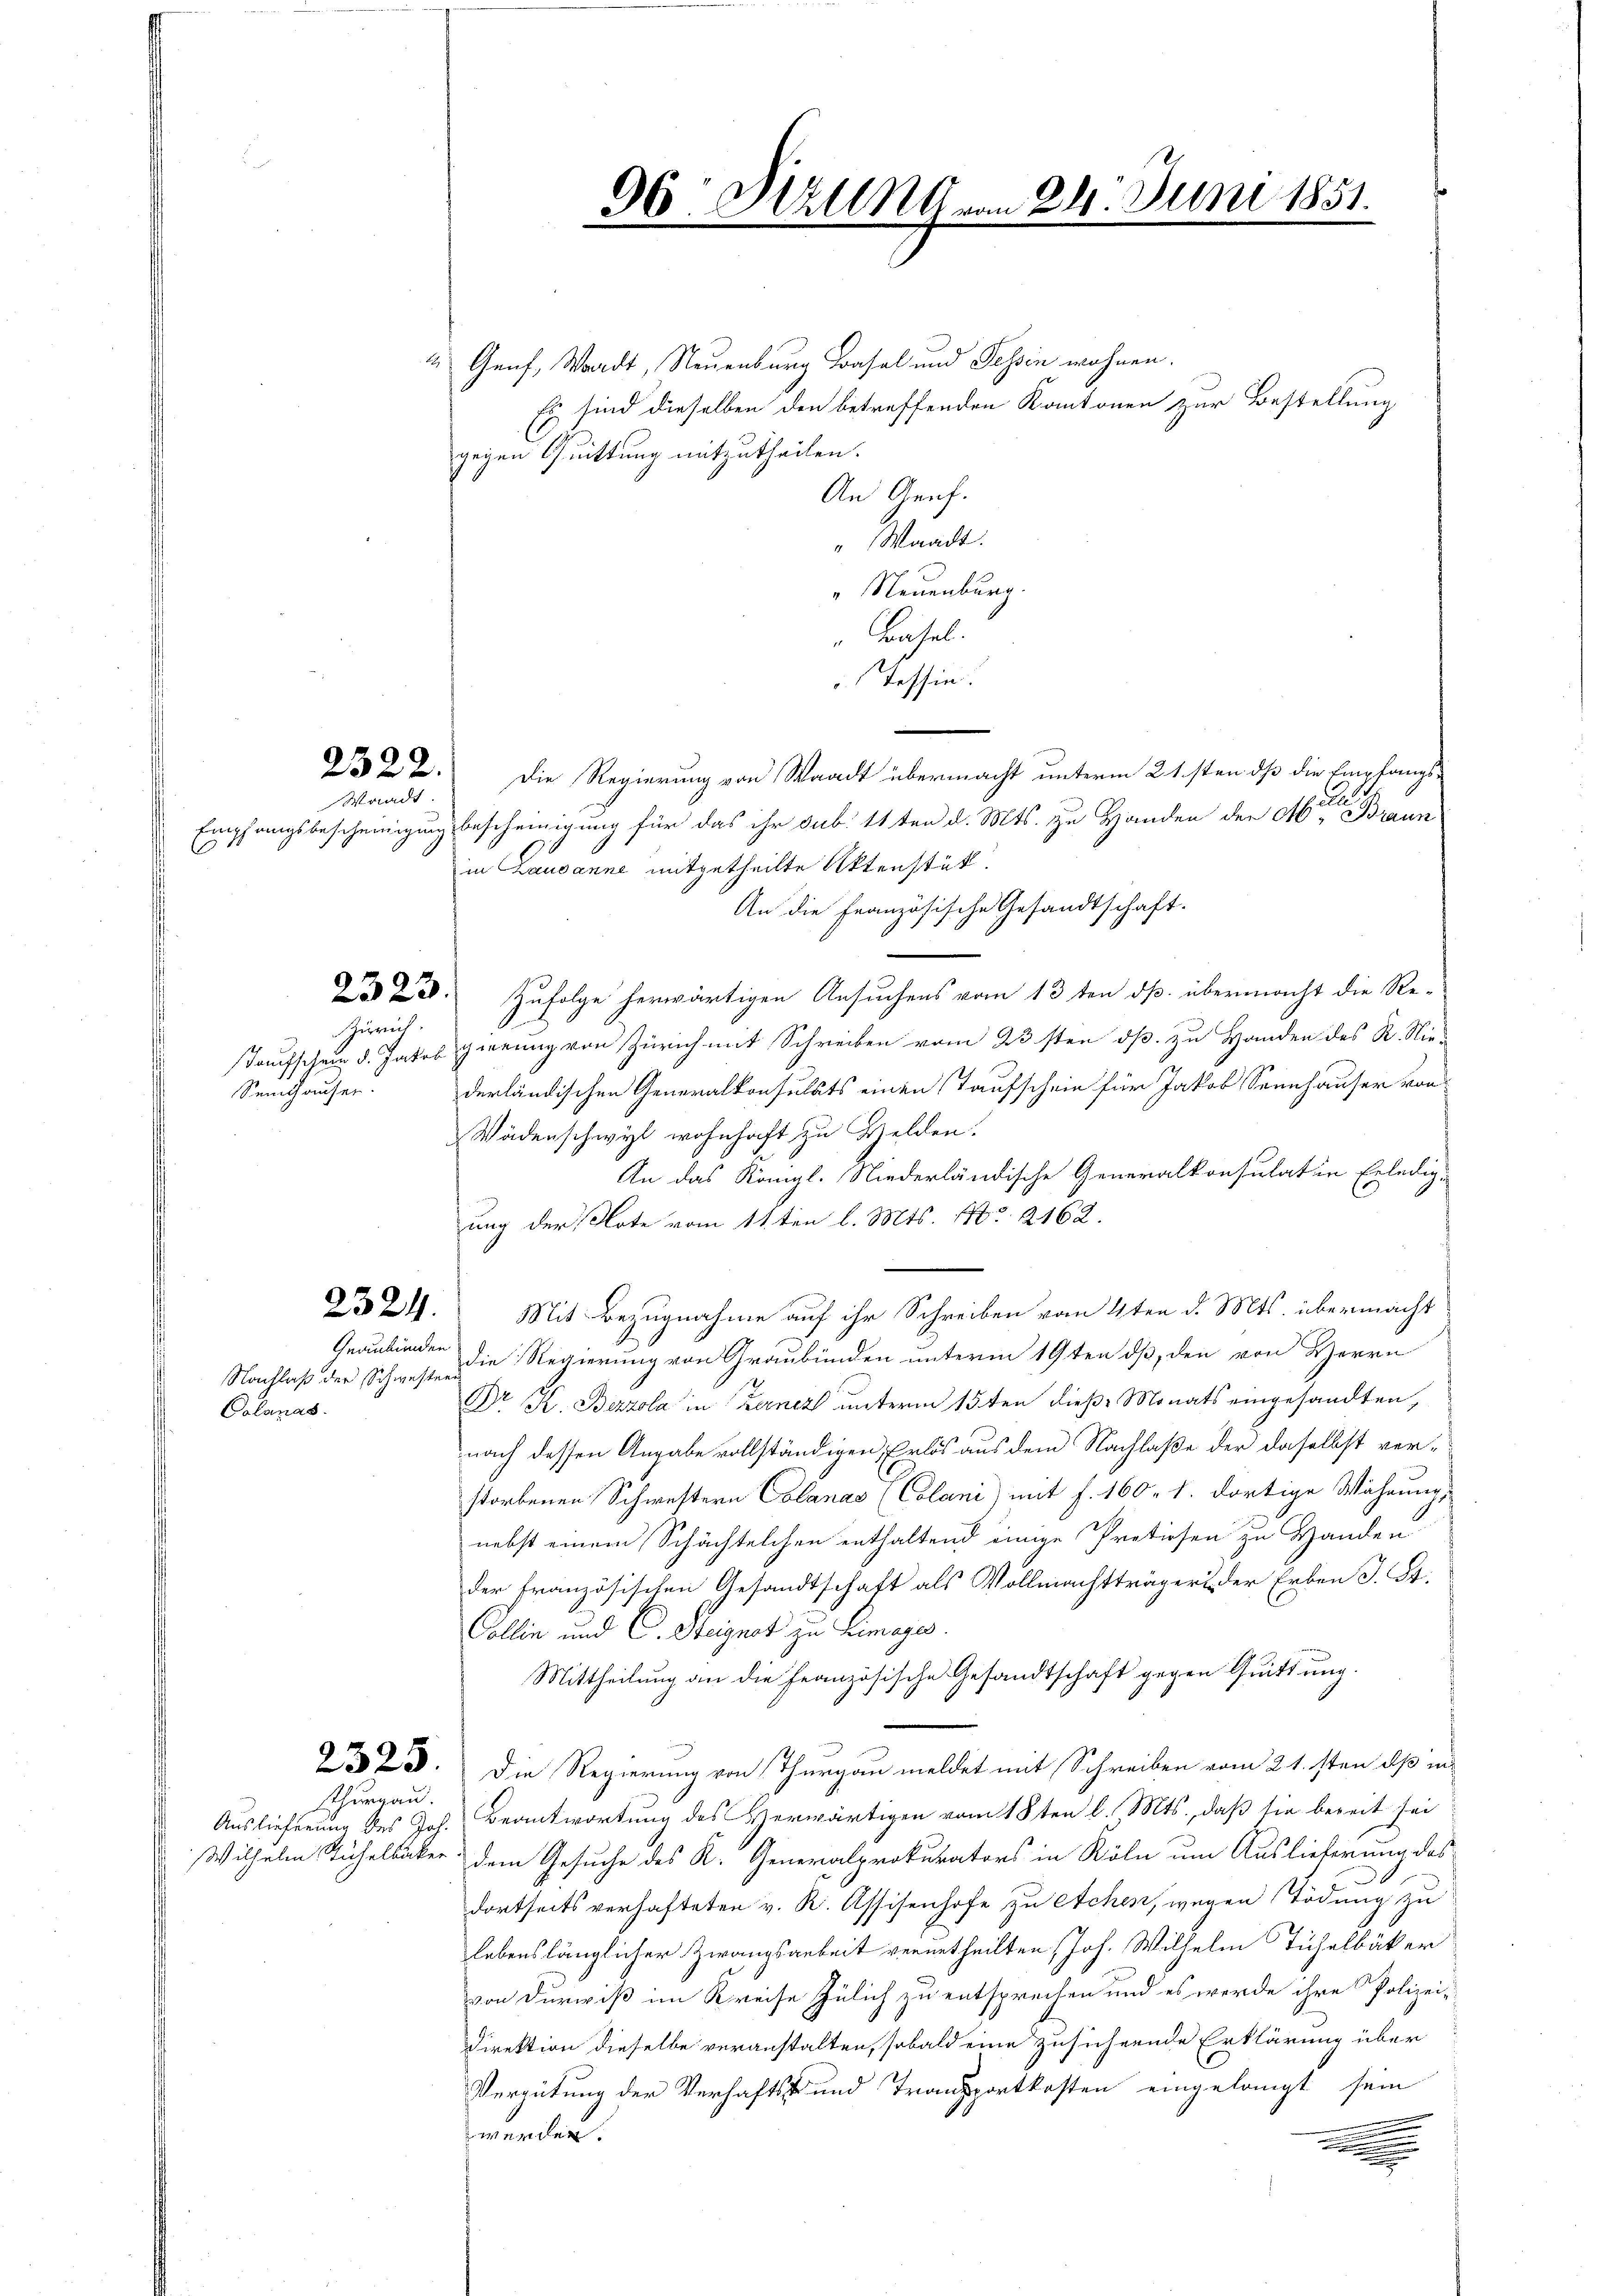
2322.

Waadt.

Zürich.

Semthauser.

2324.

Nachlaß der Schwesterr
Calanas.

2325.

Thurgau.

& Genf, Waadt, Neuenburg Basel und Tessin wohnen.
Es sind dieselben den betreffenden Kantonen zur Bestellung
gegen Quittung mitzutheilen.
An Genf.
" Waadt.
„Neuenburg.
Basel.
Tessin.
Die Regierung von Waadt übermacht unterm 21sten dß die Empfangs-
sel
Empfangsbescheinigung bescheinigung für das ihr sub. 11ten d. Mts. zu Handen der Meter Braun
in Lausanne mitgetheilte Aktenstük
An die Französische Gesandtschaft.
223. Zufolge herwärtigen Ansuchens vom 13ten dß übermacht die Re-
Taufschein d. Jakob gierung von Zürich mit Schreiben vom 23sten dß zu Handen des R. Nie-
derländischen Generalkonsulats einen Taufschein für Jakob Sennhauser von
Wädenschwyl wohnhaft zu Helden.
An das Königl. Niederländische Generalkonsulat in Erledig-
ung der Note vom 11ten l. Mts. No. 2162.
Mit Bezugnahme auf ihr Schreiben vom 4ten d. Mts. übermacht
Graubünden die Regierung von Graubünden unterm 19ten dß, den von Herrn
Dr K. Bezzola in Berner unterm 15ten dieß Monats eingesandten,
nach dessen Angabe vollständigen Erlös aus dem Nachlaße der daselbst verstorbenen Schwestern Calanas (Colani) mit f. 160. 1. dortige Währung,
nebst einem Schächtelchen enthaltend einige Protissen zu Handen
der französischen Gesandtschaft als Vollmachtträgers der Erben J. St.
Collin und C. Steignet zu Limajes
Mittheilung an die französische Gesandtschaft gegen Quittung.
Die Regierung von Thurgau meldet mit Schreiben vom 21.sten, dß in
Auslieferung des Joh. Beantwortung des Verwärtigen vom 18ten l. Mts., daß sie bereit sei
Wilhelm Suchelbäcker dem Gesuche des K. Generalprokurators in Köln um Auslieferung des
dortseits verhafteten v. R. Assisenhofe zu etchen, wegen Tödung zu
lebenslänglicher Zwangsarbeit verurtheilten Joh. Wilhelm Tüchelbäcker
von Dürwiß im Kreise Julich zu entsprechen und es werde ihre Polizei-
Direktion dieselbe veranstalten, sobald eine zusichernde Erklärung über
Vergütung der Verhafts und Transportkosten eingelangt sein

werden.
.

96 Mäll von 21. Juni 1851.
e